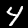
Digit: 4